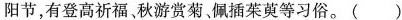
阳节，有登高祈福、秋游赏菊、佩插茱萸等习俗。( )